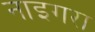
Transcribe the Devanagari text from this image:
नाइगरा